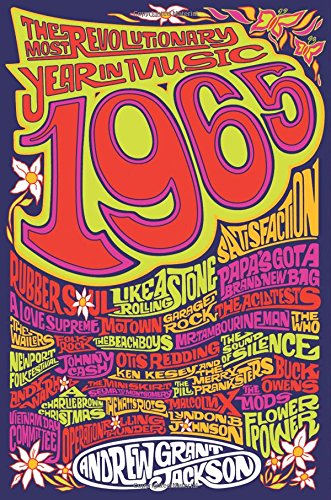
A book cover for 1965: The Most Revolutionary Year in Music; Andrew Grant Jackson; Humor & Entertainment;